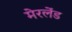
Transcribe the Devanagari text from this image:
मेरलेंड